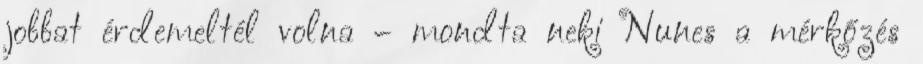
jobbat érdemeltél volna – mondta neki Nunes a mérkőzés